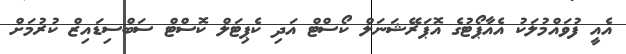
އެއީ ފުވައްމުލަކު އެއާޕޯޓުގެ އޮޕަރޭޝަނަލް ކޯސްޓް އަދި ކެޕިޓަލް ކޮސްޓް ސަބްސިޑައިޒް ކުރުމަށް